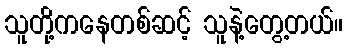
သူတို့ကနေတစ်ဆင့် သူနဲ့တွေ့တယ်။